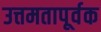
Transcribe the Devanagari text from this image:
उत्तमतापूर्वक